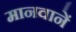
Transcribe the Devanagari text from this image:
मानवानें